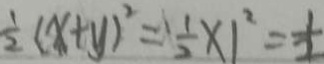
\frac { 1 } { 2 } ( x + y ) ^ { 2 } = \frac { 1 } { 2 } \times 1 ^ { 2 } = \frac { 1 } { 2 }